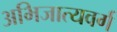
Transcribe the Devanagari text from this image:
अभिजात्यवर्ग